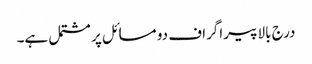
درج بالا پیراگراف دو مسائل پر مشتمل ہے۔